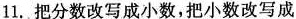
11.把分数改写成小数，把小数改写成